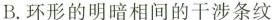
B.环形的明暗相间的干涉条纹